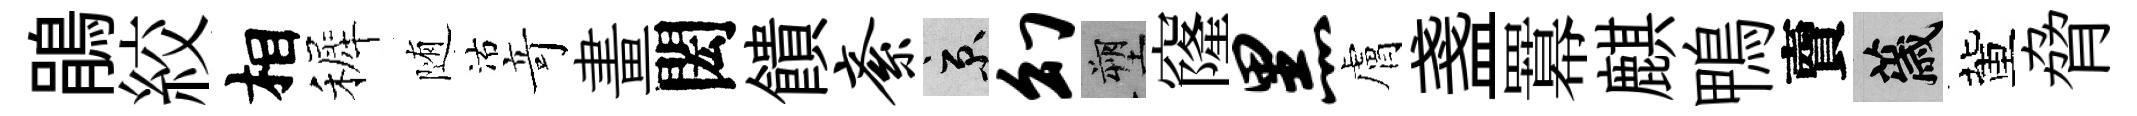
鵑絞相裤随沽竒畫閎饋紊京幻塑窿黑膚盞羃麒鴨𧶠薉董脅